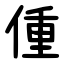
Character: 偅